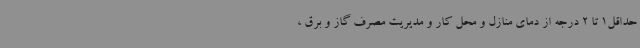
حداقل1 تا 2 درجه از دمای منازل و محل کار و مدیریت مصرف گاز و برق ،